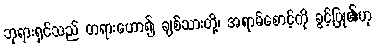
ဘုရားရှင်သည် တရားဟော၍ ချစ်သားတို့၊ အရာမ်စောင့်ကို ခွင့်ပြု၏ဟု